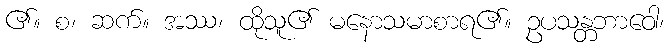
၏။ စ၊ ဆက်။ အဿ၊ ထိုသူ၏ မနောသမာစာရ၏။ ဥပသန္တဘာဝေါ၊